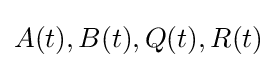
{\mathbf {} }A(t),B(t),Q(t),R(t)